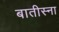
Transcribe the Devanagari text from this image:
बातीस्ना